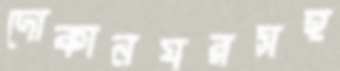
দোকানঘরসহ